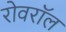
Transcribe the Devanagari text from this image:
रोवरॉल